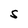
Character: S